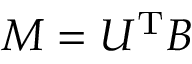
M = U ^ { \mathrm { T } } B